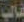
غالب